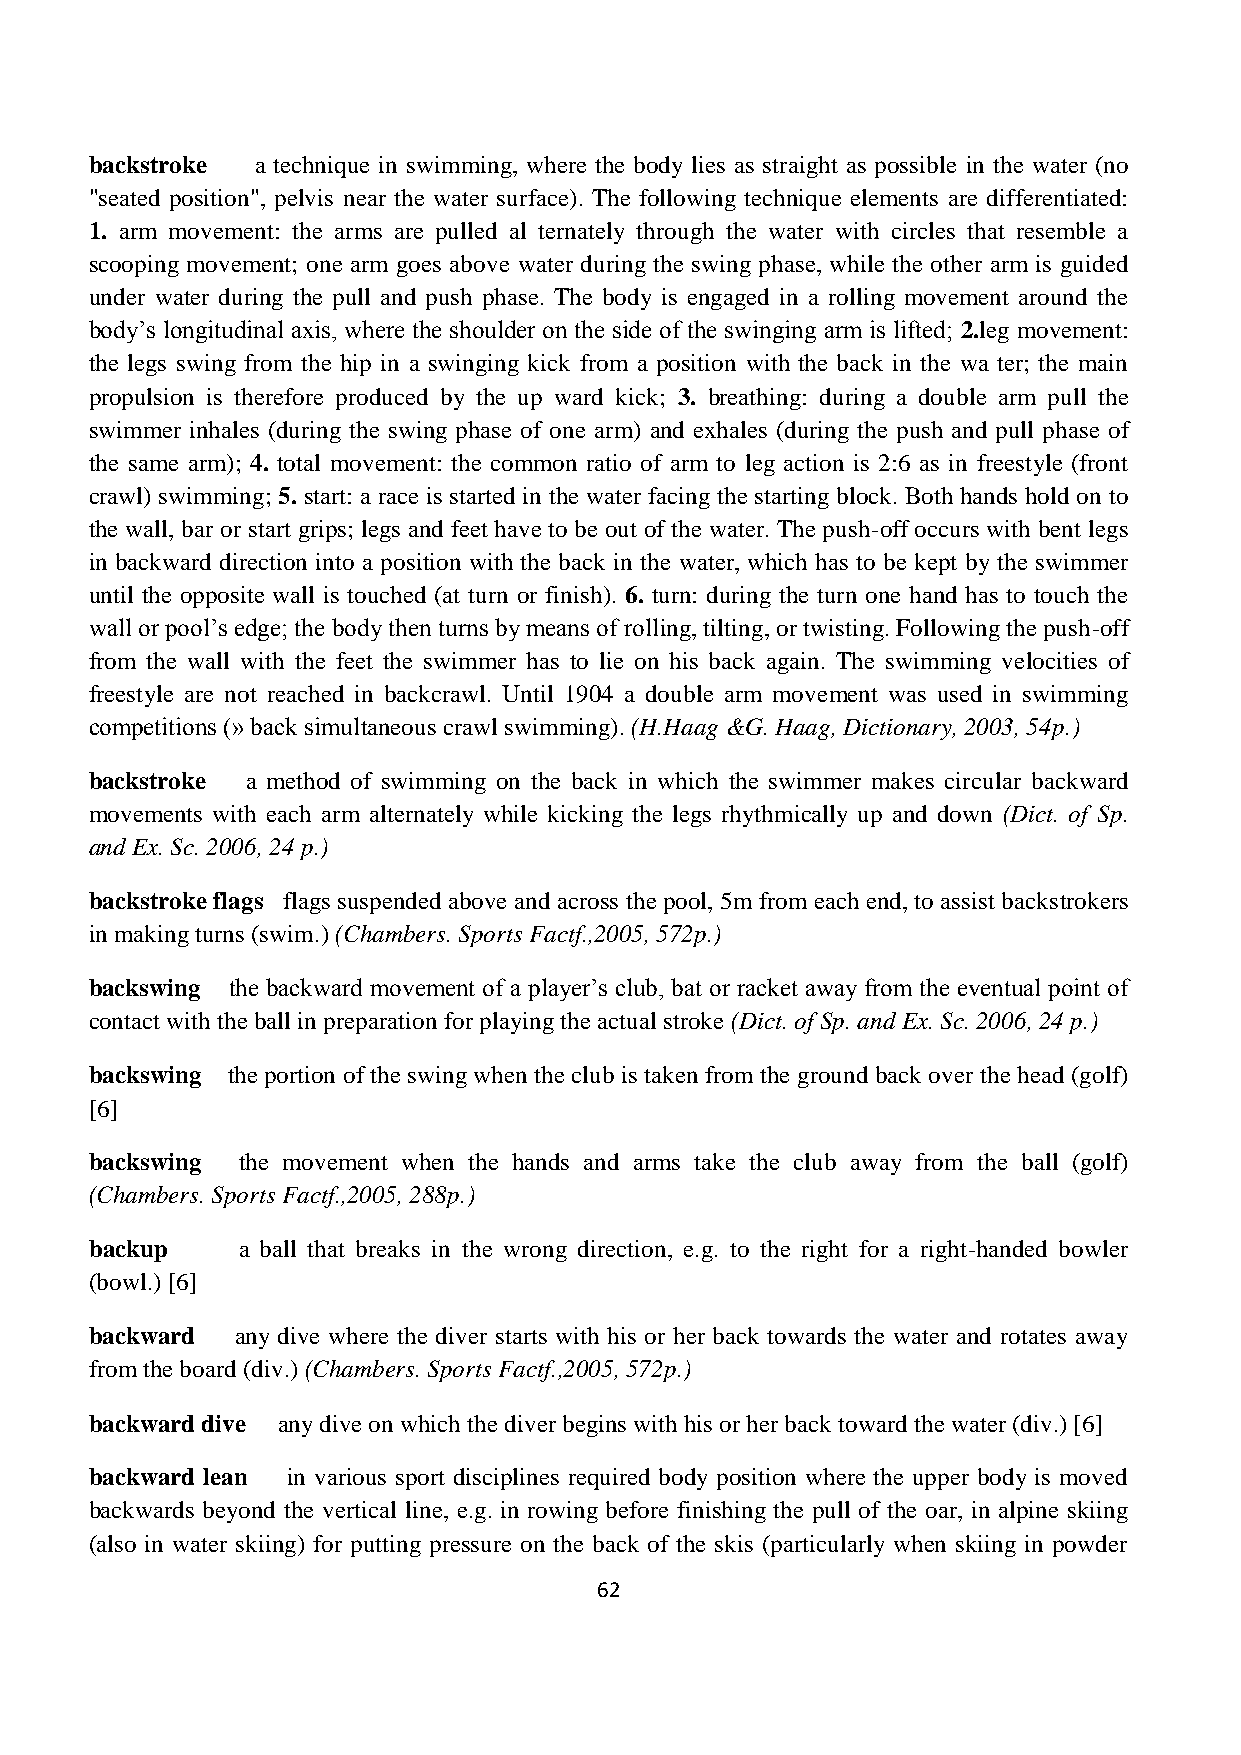
backstroke a technique in swimming, where the body lies as straight as possible in the water (no
 "seated position", pelvis near the water surface). The following technique elements are differentiated:
 1. arm movement: the arms are pulled al ternately through the water with circles that resemble a
 scooping movement; one arm goes above water during the swing phase, while the other arm is guided
 under water during the pull and push phase. The body is engaged in a rolling movement around the
 body’s longitudinal axis, where the shoulder on the side of the swinging arm is lifted; 2.leg movement:
 the legs swing from the hip in a swinging kick from a position with the back in the wa ter; the main
 propulsion is therefore produced by the up ward kick; 3. breathing: during a double arm pull the
 swimmer inhales (during the swing phase of one arm) and exhales (during the push and pull phase of
 the same arm); 4. total movement: the common ratio of arm to leg action is 2:6 as in freestyle (front
 crawl) swimming; 5. start: a race is started in the water facing the starting block. Both hands hold on to
 the wall, bar or start grips; legs and feet have to be out of the water. The push-off occurs with bent legs
 in backward direction into a position with the back in the water, which has to be kept by the swimmer
 until the opposite wall is touched (at turn or finish). 6. turn: during the turn one hand has to touch the
 wall or pool’s edge; the body then turns by means of rolling, tilting, or twisting. Following the push-off
 from the wall with the feet the swimmer has to lie on his back again. The swimming velocities of
 freestyle are not reached in backcrawl. Until 1904 a double arm movement was used in swimming
 competitions (» back simultaneous crawl swimming). (H.Haag &G. Haag, Dictionary, 2003, 54p.)
 backstroke a method of swimming on the back in which the swimmer makes circular backward
 movements with each arm alternately while kicking the legs rhythmically up and down (Dict. of Sp.
 and Ex. Sc. 2006, 24 p.)
 backstroke flags flags suspended above and across the pool, 5m from each end, to assist backstrokers
 in making turns (swim.) (Chambers. Sports Factf.,2005, 572p.)
 backswing the backward movement of a player’s club, bat or racket away from the eventual point of
 contact with the ball in preparation for playing the actual stroke (Dict. of Sp. and Ex. Sc. 2006, 24 p.)
 backswing the portion of the swing when the club is taken from the ground back over the head (golf)
 [6]
 backswing the movement when the hands and arms take the club away from the ball (golf)
 (Chambers. Sports Factf.,2005, 288p.)
 backup    a ball that breaks in the wrong direction, e.g. to the right for a right-handed bowler
 (bowl.) [6]
 backward  any dive where the diver starts with his or her back towards the water and rotates away
 from the board (div.) (Chambers. Sports Factf.,2005, 572p.)
 backward dive any dive on which the diver begins with his or her back toward the water (div.) [6]
 backward lean in various sport disciplines required body position where the upper body is moved
 backwards beyond the vertical line, e.g. in rowing before finishing the pull of the oar, in alpine skiing
 (also in water skiing) for putting pressure on the back of the skis (particularly when skiing in powder
 62